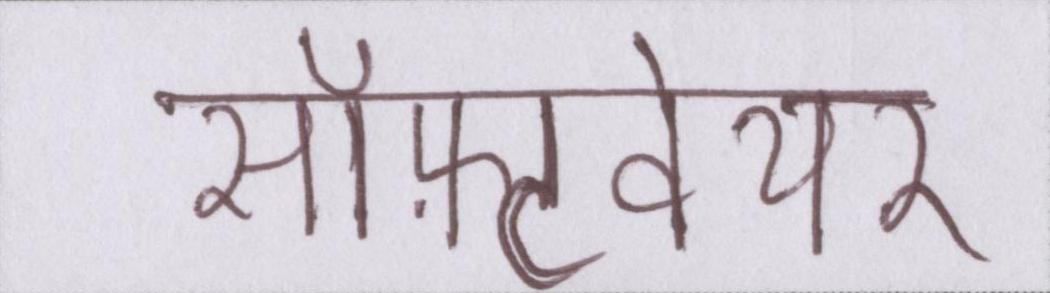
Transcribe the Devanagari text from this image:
सॉफ़्टवेयर